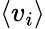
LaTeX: \langle v_{i}\rangle